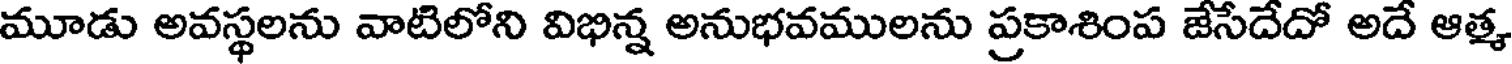
మూడు అవస్థలను వాటిలోని విభిన్న అనుభవములను ప్రకాశింప జేసేదేదో అదే ఆత్మ